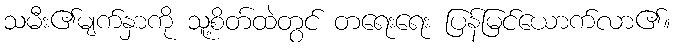
သမီး၏မျက်နှာကို သူ့စိတ်ထဲတွင် တရေးရေး ပြန်မြင်ယောက်လာ၏။